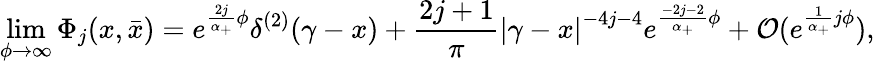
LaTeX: \operatorname*{lim}_{\phi\rightarrow\infty}\Phi_{j}(x,\bar{x})=e^{\frac{2j}{\alpha_{+}}\phi}\delta^{(2)}(\gamma-x)+\frac{2j+1}{\pi}\left|\gamma-x\right|^{-4j-4}e^{\frac{-2j-2}{\alpha_{+}}\phi}+{\cal O}(e^{\frac 1{\alpha_{+}}j\phi}),